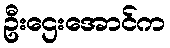
ဦးဌေးအောင်က